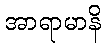
အာရာမာနိ